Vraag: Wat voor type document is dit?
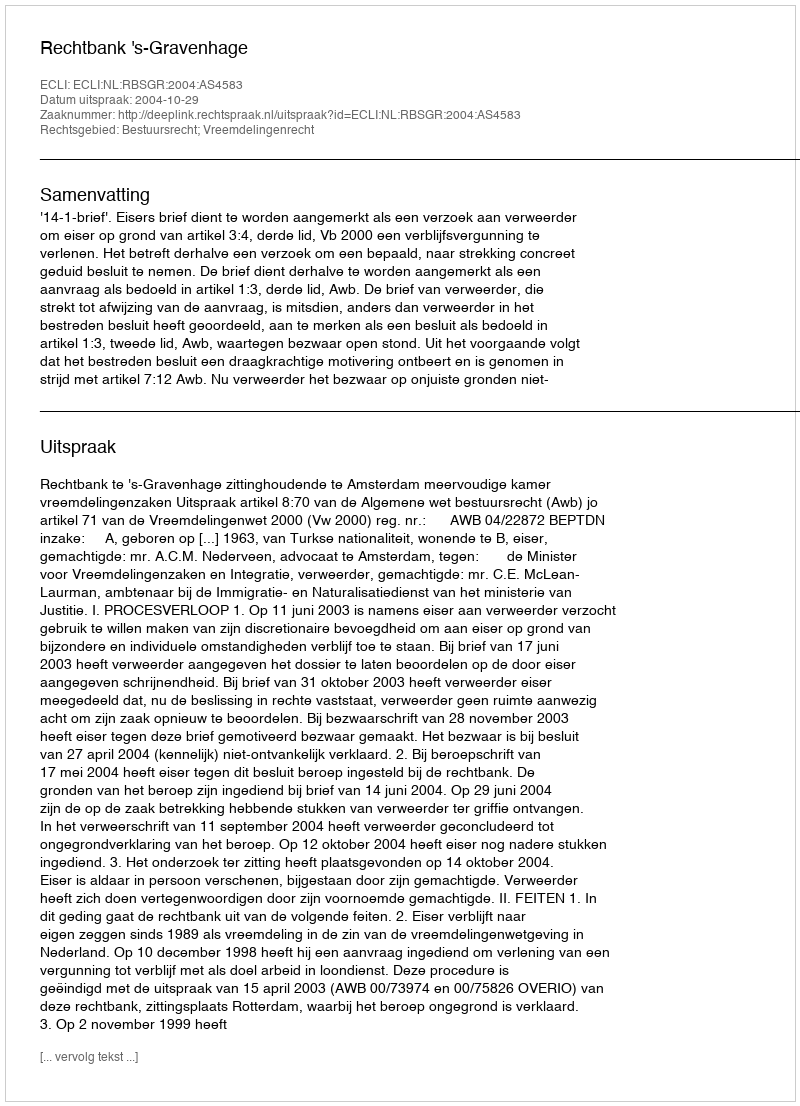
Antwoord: Uitspraak